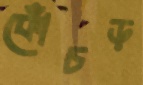
কোঁচড়